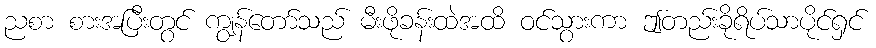
ညစာ စားအပြီးတွင် ကျွန်တော်သည် မီးဖိုခန်းထဲအထိ ဝင်သွားကာ ဤတည်းခိုရိပ်သာပိုင်ရှင်